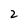
Character: 2